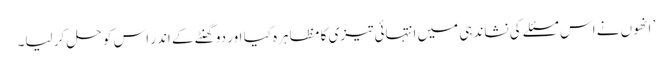
’ انھوں نے اس مسئلے کی نشاندہی میں انتہائی تیزی کا مظاہرہ کیا اور دو گھنٹے کے اندر اس کو حل کر لیا۔